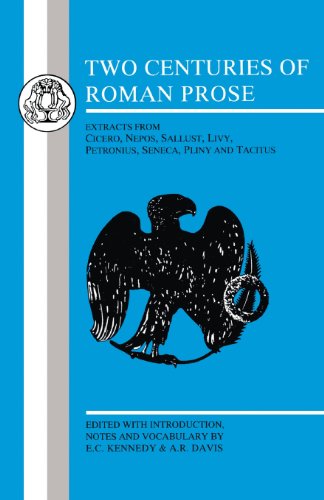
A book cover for Two Centuries of Roman Prose; Literature & Fiction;